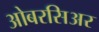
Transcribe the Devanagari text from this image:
ओबरसिअर